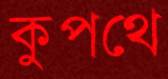
কুপথে